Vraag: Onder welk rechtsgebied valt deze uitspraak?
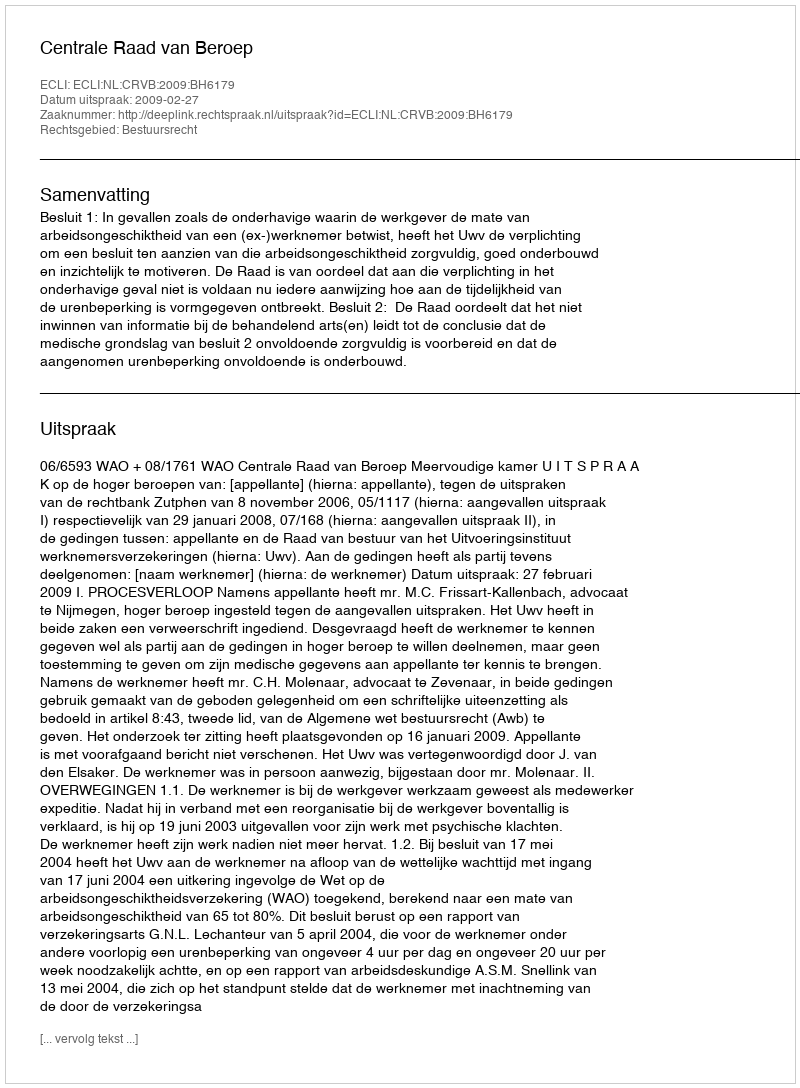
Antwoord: Bestuursrecht